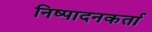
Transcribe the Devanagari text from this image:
निष्‍पादनकर्ता